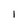
Character: I